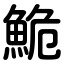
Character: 鮠